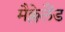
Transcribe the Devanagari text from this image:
मैक्लेलैंड